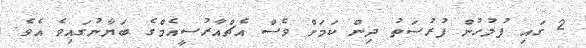
2 ގައި ފުލުހުން ފުރުސަތު ދިން ކަމަށް ވެސް އެޗްއާރުސީއެމްގެ ބަޔާނުގައިވެ އެވެ.